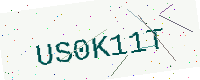
Text: US0K11T